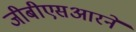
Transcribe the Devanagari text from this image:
जीबीएसआरने